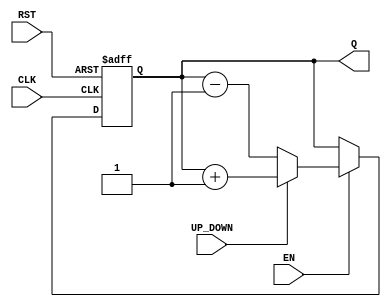
module ChainedParallelCounter #(
    parameter N = 4  // Number of bits in the counter
)(
    input wire CLK,         // Clock signal
    input wire RST,         // Asynchronous reset signal
    input wire EN,          // Count enable signal
    input wire UP_DOWN,     // Mode control: 1 for up, 0 for down
    output reg [N-1:0] Q    // Counter output
);

// Sequential logic for the counter
always @(posedge CLK or posedge RST) begin
    if (RST) begin
        Q <= 0;  // Reset counter to 0
    end else if (EN) begin
        if (UP_DOWN) begin
            Q <= Q + 1;  // Count up
        end else begin
            Q <= Q - 1;  // Count down
        end
    end
end

endmodule